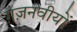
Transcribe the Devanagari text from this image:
ग़ज़नवीयों